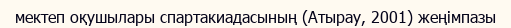
мектеп оқушылары спартакиадасының (Атырау, 2001) жеңімпазы